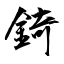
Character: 錡